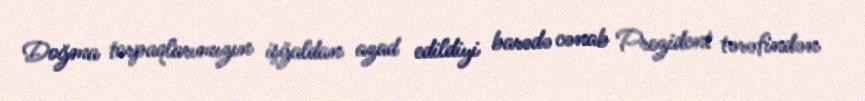
Doğma torpaqlarımızın işğaldan azad edildiyi barədə cənab Prezident tərəfindən